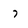
Character: 7